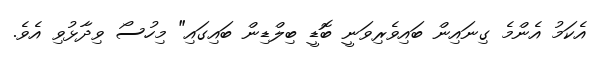
އެކަމު އެންމެ ގިނައިން ބައިވެރިވަނީ ބޮޑީ ބިލްޑިން ބައިގައި" މިހުސޯ ވިދާޅުވި އެވެ.